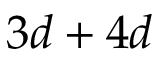
3 d + 4 d